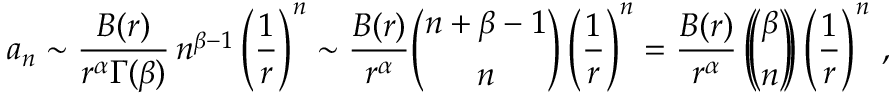
a _ { n } \sim { \frac { B ( r ) } { r ^ { \alpha } \Gamma ( \beta ) } } \, n ^ { \beta - 1 } \left( { \frac { 1 } { r } } \right) ^ { n } \sim { \frac { B ( r ) } { r ^ { \alpha } } } { \binom { n + \beta - 1 } { n } } \left( { \frac { 1 } { r } } \right) ^ { n } = { \frac { B ( r ) } { r ^ { \alpha } } } \left( \! \! { \binom { \beta } { n } } \! \! \right) \left( { \frac { 1 } { r } } \right) ^ { n } \, ,